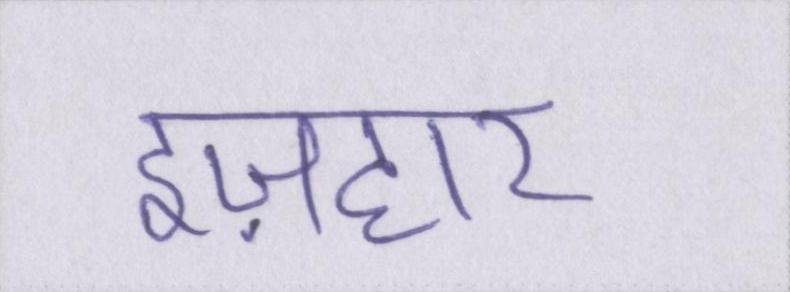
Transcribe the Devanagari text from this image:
इज़हार